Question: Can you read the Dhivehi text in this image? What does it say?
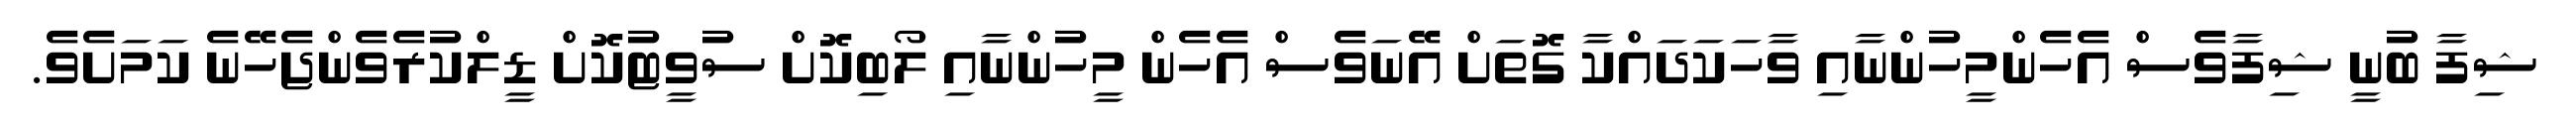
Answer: ޝިފާ ބުނީ ޝިފާވެސް އެހެންމީހުންނާއި ވާހަކަދައްކާ ގޮތަށް އޭނަވެސް އެހެން މީހުންނާއި ލޯބިކޮށް ސުވީޓުކޮށް ޑީލްކުރެވެންޖެހޭނެ ކަމަށެވެ.